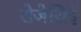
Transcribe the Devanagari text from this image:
रोजेसिई